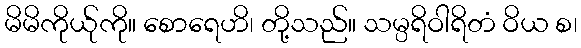
မိမိကိုယ်ုကို။ စောရေဟိ၊ တို့သည်။ သမ္ပရိဝါရိတံ ဝိယ စ၊